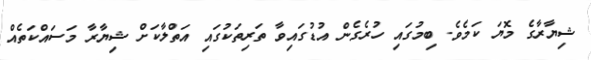
ޝިޔާރާގެ މޮޔަ ކަމެވެ. ބިމުގައި ހުރެގެން އުޑުގައިވާ ތަރިތަކުގައި އަތްލާކަށް ޝިޔާރާ މަސައްކަތެއް